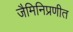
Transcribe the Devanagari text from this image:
जैमिनिप्रणीत